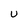
Character: U